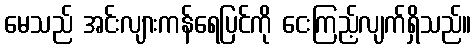
မေသည် အင်းလျားကန်ရေပြင်ကို ငေးကြည့်လျက်ရှိသည်။